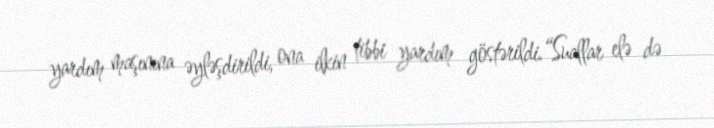
yardım maşınına əyləşdirildi, ona ilkin tibbi yardım göstərildi.“Suallar elə də